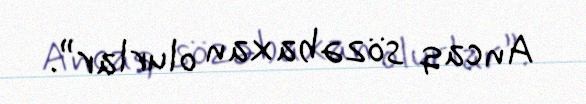
Ancaq sözəbaxan olurlar”.